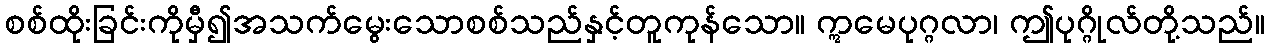
စစ်ထိုးခြင်းကိုမှီ၍အသက်မွေးသောစစ်သည်နှင့်တူကုန်သော။ ဣမေပုဂ္ဂလာ၊ ဤပုဂ္ဂိုလ်တို့သည်။